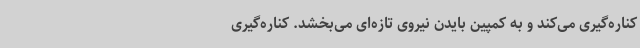
کناره‌گیری می‌کند و به کمپین بایدن نیروی تازه‌ای می‌بخشد. کناره‌گیری